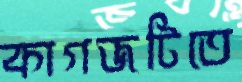
কাগজটিতে